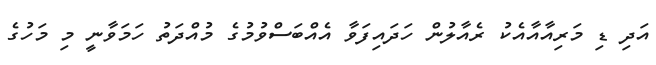
އަދި ޑި މަރިއާއާއެކު ރެއާލުން ހަދައިފަވާ އެއްބަސްވުމުގެ މުއްދަތު ހަމަވާނީ މި މަހުގެ